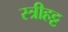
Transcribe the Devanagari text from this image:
स्त्रीहट्ट